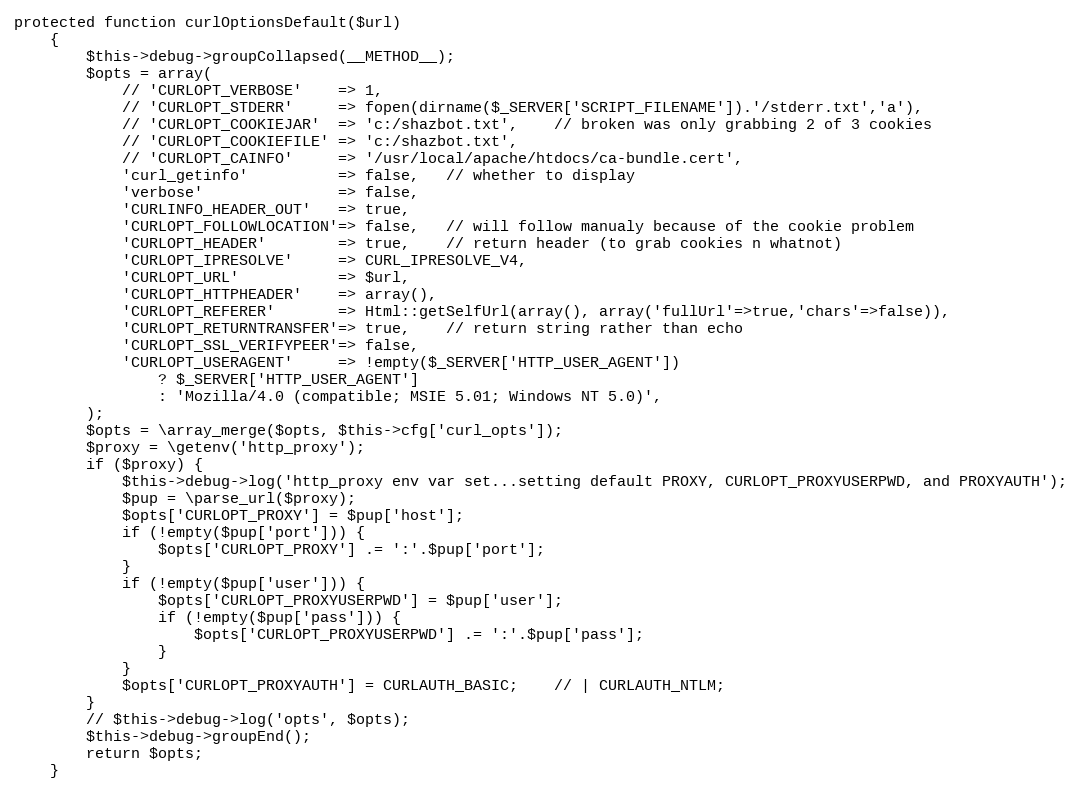
Language: PHP
protected function curlOptionsDefault($url)
    {
        $this->debug->groupCollapsed(__METHOD__);
        $opts = array(
            // 'CURLOPT_VERBOSE'    => 1,
            // 'CURLOPT_STDERR'     => fopen(dirname($_SERVER['SCRIPT_FILENAME']).'/stderr.txt','a'),
            // 'CURLOPT_COOKIEJAR'  => 'c:/shazbot.txt',    // broken was only grabbing 2 of 3 cookies
            // 'CURLOPT_COOKIEFILE' => 'c:/shazbot.txt',
            // 'CURLOPT_CAINFO'     => '/usr/local/apache/htdocs/ca-bundle.cert',
            'curl_getinfo'          => false,   // whether to display
            'verbose'               => false,
            'CURLINFO_HEADER_OUT'   => true,
            'CURLOPT_FOLLOWLOCATION'=> false,   // will follow manualy because of the cookie problem
            'CURLOPT_HEADER'        => true,    // return header (to grab cookies n whatnot)
            'CURLOPT_IPRESOLVE'     => CURL_IPRESOLVE_V4,
            'CURLOPT_URL'           => $url,
            'CURLOPT_HTTPHEADER'    => array(),
            'CURLOPT_REFERER'       => Html::getSelfUrl(array(), array('fullUrl'=>true,'chars'=>false)),
            'CURLOPT_RETURNTRANSFER'=> true,    // return string rather than echo
            'CURLOPT_SSL_VERIFYPEER'=> false,
            'CURLOPT_USERAGENT'     => !empty($_SERVER['HTTP_USER_AGENT'])
                ? $_SERVER['HTTP_USER_AGENT']
                : 'Mozilla/4.0 (compatible; MSIE 5.01; Windows NT 5.0)',
        );
        $opts = \array_merge($opts, $this->cfg['curl_opts']);
        $proxy = \getenv('http_proxy');
        if ($proxy) {
            $this->debug->log('http_proxy env var set...setting default PROXY, CURLOPT_PROXYUSERPWD, and PROXYAUTH');
            $pup = \parse_url($proxy);
            $opts['CURLOPT_PROXY'] = $pup['host'];
            if (!empty($pup['port'])) {
                $opts['CURLOPT_PROXY'] .= ':'.$pup['port'];
            }
            if (!empty($pup['user'])) {
                $opts['CURLOPT_PROXYUSERPWD'] = $pup['user'];
                if (!empty($pup['pass'])) {
                    $opts['CURLOPT_PROXYUSERPWD'] .= ':'.$pup['pass'];
                }
            }
            $opts['CURLOPT_PROXYAUTH'] = CURLAUTH_BASIC;    // | CURLAUTH_NTLM;
        }
        // $this->debug->log('opts', $opts);
        $this->debug->groupEnd();
        return $opts;
    }